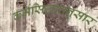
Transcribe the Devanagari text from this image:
कर्मसिद्धांतनुसार